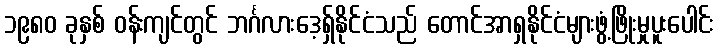
၁၉၈၀ ခုနှစ် ဝန်းကျင်တွင် ဘင်္ဂလားဒေ့ရှ်နိုင်ငံသည် တောင်အာရှနိုင်ငံများဖွံ့ဖြိုးမှုပူးပေါင်း